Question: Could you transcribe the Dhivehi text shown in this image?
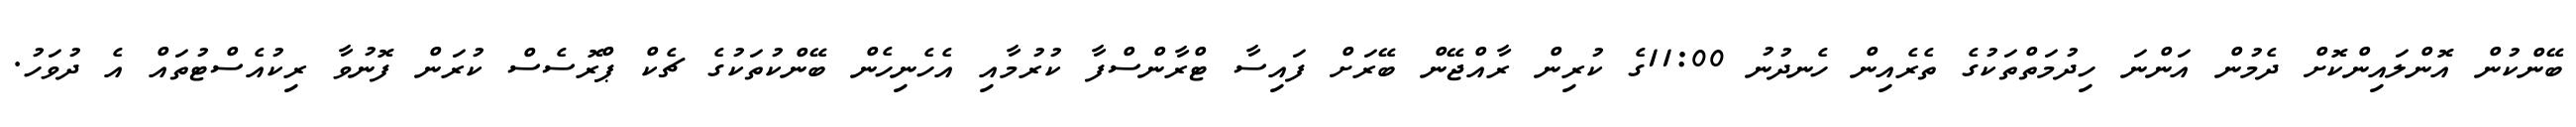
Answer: ބޭންކުން އޮންލައިންކޮށް ދެމުން އަންނަ ހިދުމަތްތަކުގެ ތެރެއިން ހެނދުނު 11:00ގެ ކުރިން ރާއްޖޭން ބޭރަށް ފައިސާ ޓްރާންސްފާ ކުރުމާއި އެހެނިހެން ބޭންކުތަކުގެ ޗެކް ޕްރޮސެސް ކުރަން ފޮނުވާ ރިކުއެސްޓުތައް އެ ދުވަހު.